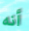
أنه